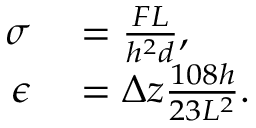
\begin{array} { r l } { \sigma } & { { } = \frac { F L } { h ^ { 2 } d } , } \\ { \epsilon } & { { } = \Delta z \frac { 1 0 8 h } { 2 3 L ^ { 2 } } . } \end{array}